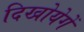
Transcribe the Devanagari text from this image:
दिखोयेगें